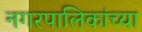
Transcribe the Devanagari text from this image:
नगरपालिकांच्या